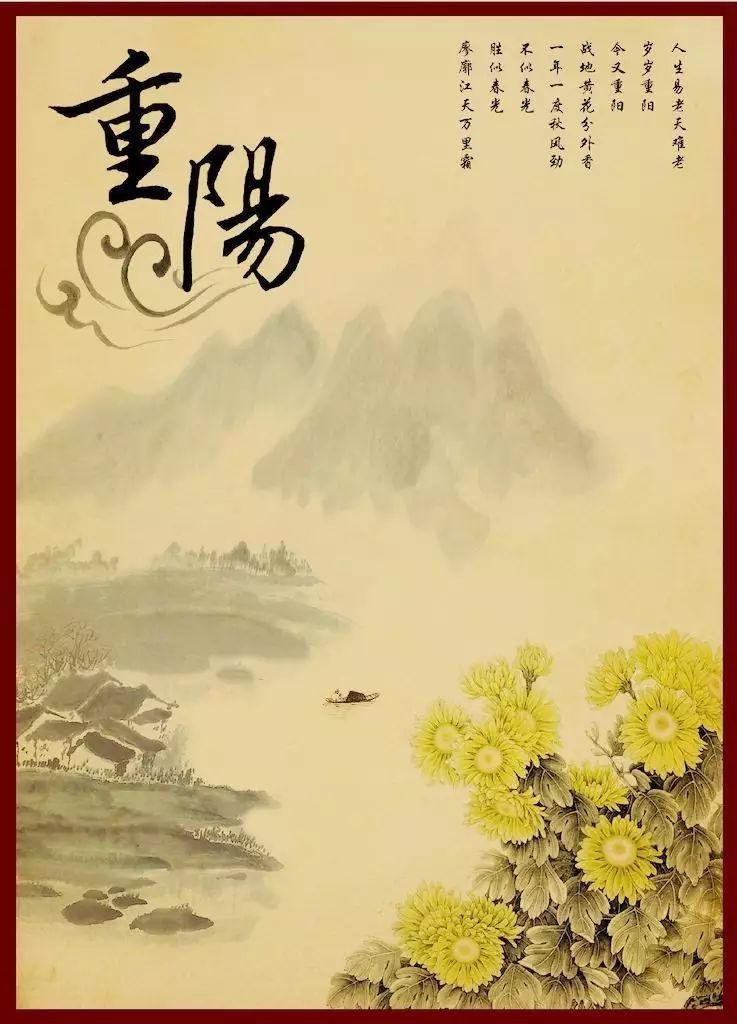
又是过重阳，台榭登临处，茱萸香坠。